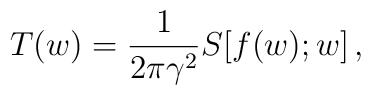
T(w) = \frac{1}{2\pi\gamma^2}S[f(w); w]\,,